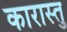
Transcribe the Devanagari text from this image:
कारास्तु